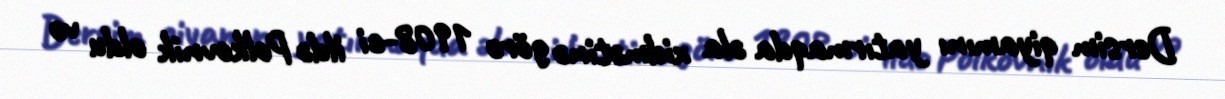
Dersim qiyamını yatırmaqda əla xidmətinə görə 1908-ci ildə Polkovnik oldu və